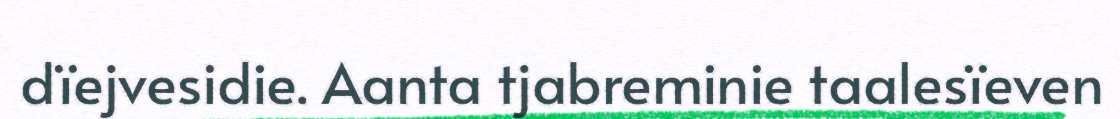
dïejvesidie. Aanta tjabreminie taalesïeven